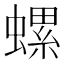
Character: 螺